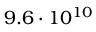
9 . 6 \cdot 1 0 ^ { 1 0 }